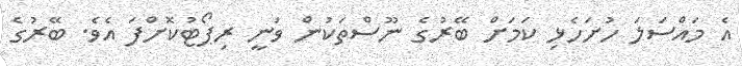
އެ މައްސަލަ ހުށަހެޅި ކަމަށް ބޭރުގެ ނޫސްތަކުން ވަނީ ރިޕޯޓުކޮށްފަ އެވެ. ބޭރުގެ